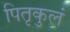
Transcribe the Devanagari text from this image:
पितृकुलं